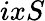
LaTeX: ixS